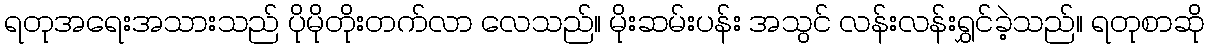
ရတုအရေးအသားသည် ပိုမိုတိုးတက်လာ လေသည်။ မိုးဆမ်းပန်း အသွင် လန်းလန်းရွှင်ခဲ့သည်။ ရတုစာဆို